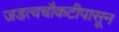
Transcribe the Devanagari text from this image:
जडत्वचौकटीपासून